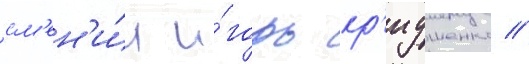
см'ен'и́л и́горь кр'иушенко //